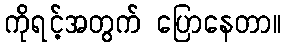
ကိုရင့်အတွက် ပြောနေတာ။